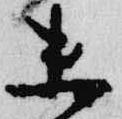
未